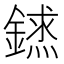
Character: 𨫨